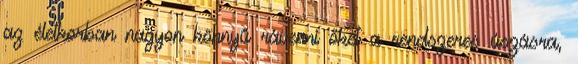
az életkorban nagyon könnyű rávenni őket a rendszeres úszásra,